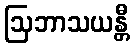
ဩဘာသယန္တီ